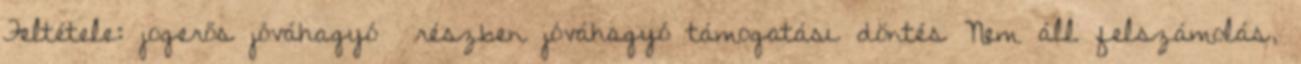
Feltétele: jogerős jóváhagyó részben jóváhagyó támogatási döntés Nem áll felszámolás,